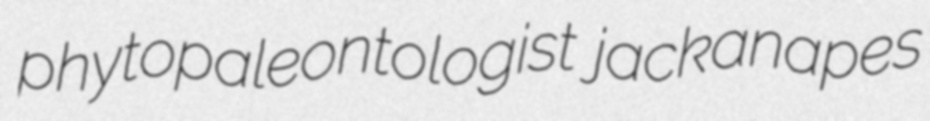
phytopaleontologist jackanapes